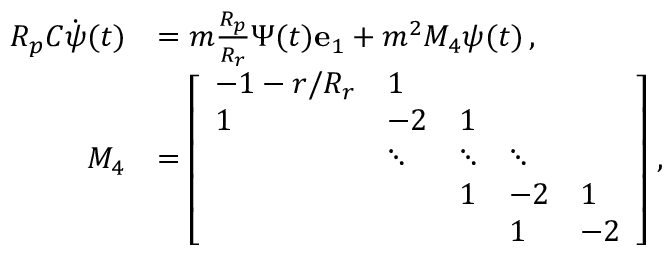
\begin{array} { r l } { R _ { p } C \dot { \boldsymbol { \psi } } ( t ) } & { = m \frac { R _ { p } } { R _ { r } } \Psi ( t ) \mathbf { e } _ { 1 } + m ^ { 2 } M _ { 4 } \boldsymbol { \psi } ( t ) \, , } \\ { M _ { 4 } } & { = \left[ \begin{array} { l l l l l } { - 1 - r / R _ { r } } & { 1 } & & & \\ { 1 } & { - 2 } & { 1 } & & \\ & { \ddots } & { \ddots } & { \ddots } & \\ & & { 1 } & { - 2 } & { 1 } \\ & & & { 1 } & { - 2 } \end{array} \right] \, , } \end{array}